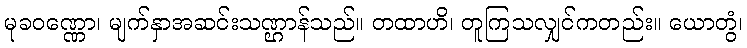
မုခဝဏ္ဏော၊ မျက်နှာအဆင်းသဏ္ဌာန်သည်။ တထာဟိ၊ တူကြသလျှင်ကတည်း။ ယောတွံ၊